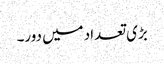
بڑی تعداد میں دور۔